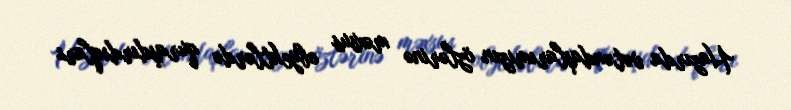
Hazırda vətəndaşlarımızın özlərinə məxsus obyektlərdə quraşdırdıqları